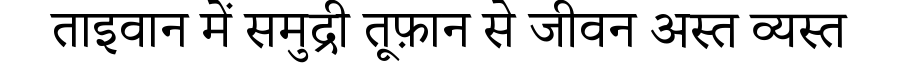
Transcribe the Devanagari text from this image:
ताइवान में समुद्री तूफ़ान से जीवन अस्त व्यस्त